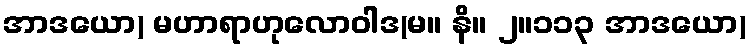
အာဒယော) မဟာရာဟုလောဝါဒ(မ။ နိ။ ၂။၁၁၃ အာဒယော)